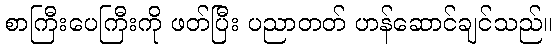
စာကြီးပေကြီးကို ဖတ်ပြီး ပညာတတ် ဟန်ဆောင်ချင်သည်။